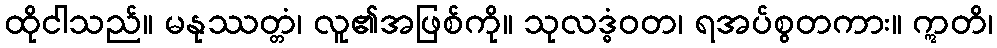
ထိုငါသည်။ မနုဿတ္တံ၊ လူ၏အဖြစ်ကို။ သုလဒ္ဓံဝတ၊ ရအပ်စွတကား။ ဣတိ၊